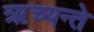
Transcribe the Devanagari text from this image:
ऋच्यन्ते